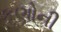
કણોની